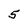
Character: 5